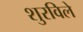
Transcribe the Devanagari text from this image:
शुरविले